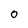
Character: 0